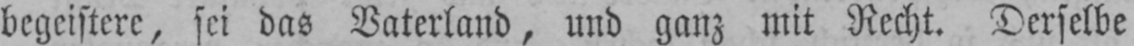
begeistere, sei das Vaterland, und ganz mit Recht. Derselbe